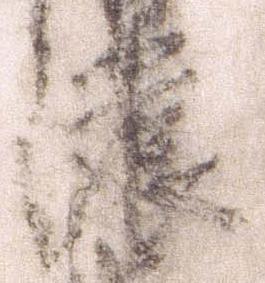
濃